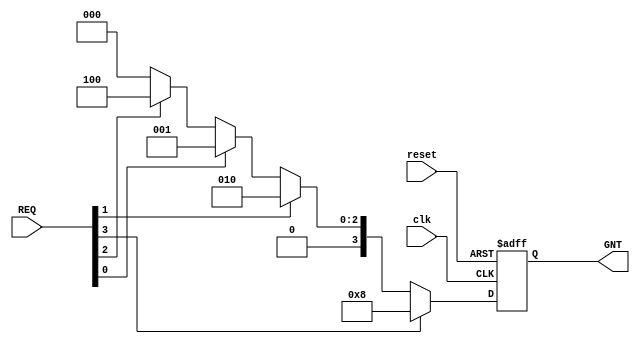
`timescale 1ns / 1ps

module fixed_priority_arbiter
(output reg [3:0] GNT,
           input [3:0] REQ,
           input clk,reset 
);
always @(posedge clk or negedge reset)
// PRIORITY 3>1>0>2
    begin
    if(!reset)
    GNT<= 4'b0000;
    else if(REQ[3])
     GNT<= 4'b1000;
    else if(REQ[1])
     GNT<= 4'b0010;
    else if(REQ[0])
     GNT<= 4'b0001;
    else if(REQ[2])
     GNT<= 4'b0100;
     else 
     GNT<= 4'b0000;
    end
    
endmodule